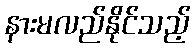
နားမလည်နိုင်သည့်